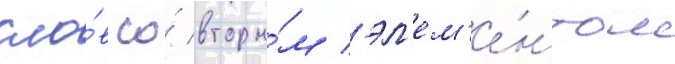
сло́в со́ вторы́м эл'ем'е́нтом